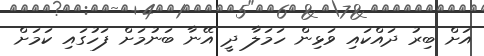
އަށް ބިރު ދައްކައި ވަޅިން ހަމަލާ ދީ އޭނާ ބަނުމަށް ފަހުގައި ކަމަށް